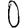
Digit: 0